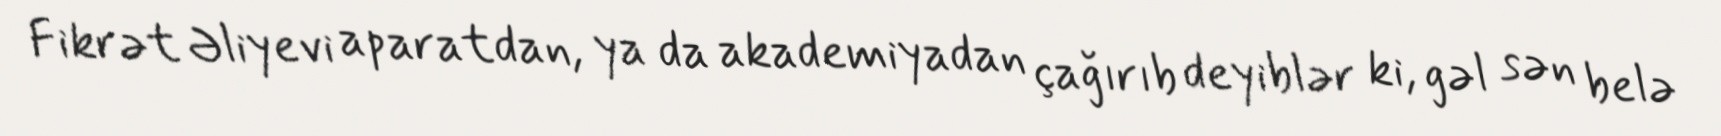
Fikrət Əliyevi aparatdan, ya da akademiyadan çağırıb deyiblər ki, gəl sən belə